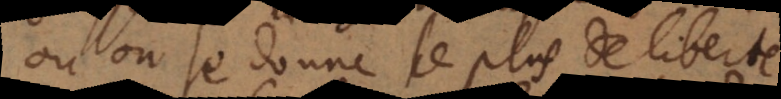
où on se donne le plus de liberté